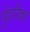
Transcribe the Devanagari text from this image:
पुंडरीका